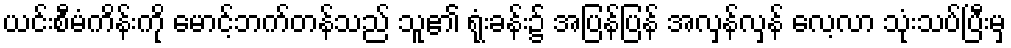
ယင်းစီမံကိန်းကို မောင့်ဘက်တန်သည် သူ၏ ရုံးခန်း၌ အပြန်ပြန် အလှန်လှန် လေ့လာ သုံးသပ်ပြီးမှ